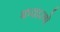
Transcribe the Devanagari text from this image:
फवारणे